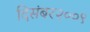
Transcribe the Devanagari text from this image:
दिसंबर२००९